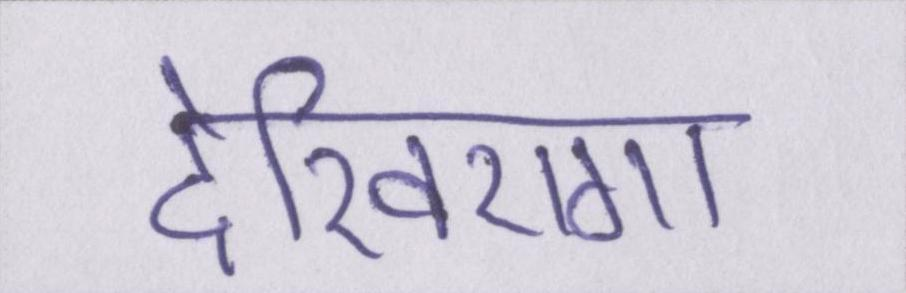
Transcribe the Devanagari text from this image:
देखिएगा